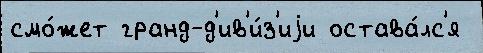
смо́жет гранд-д'ив'и́з'иjи остава́лс'я